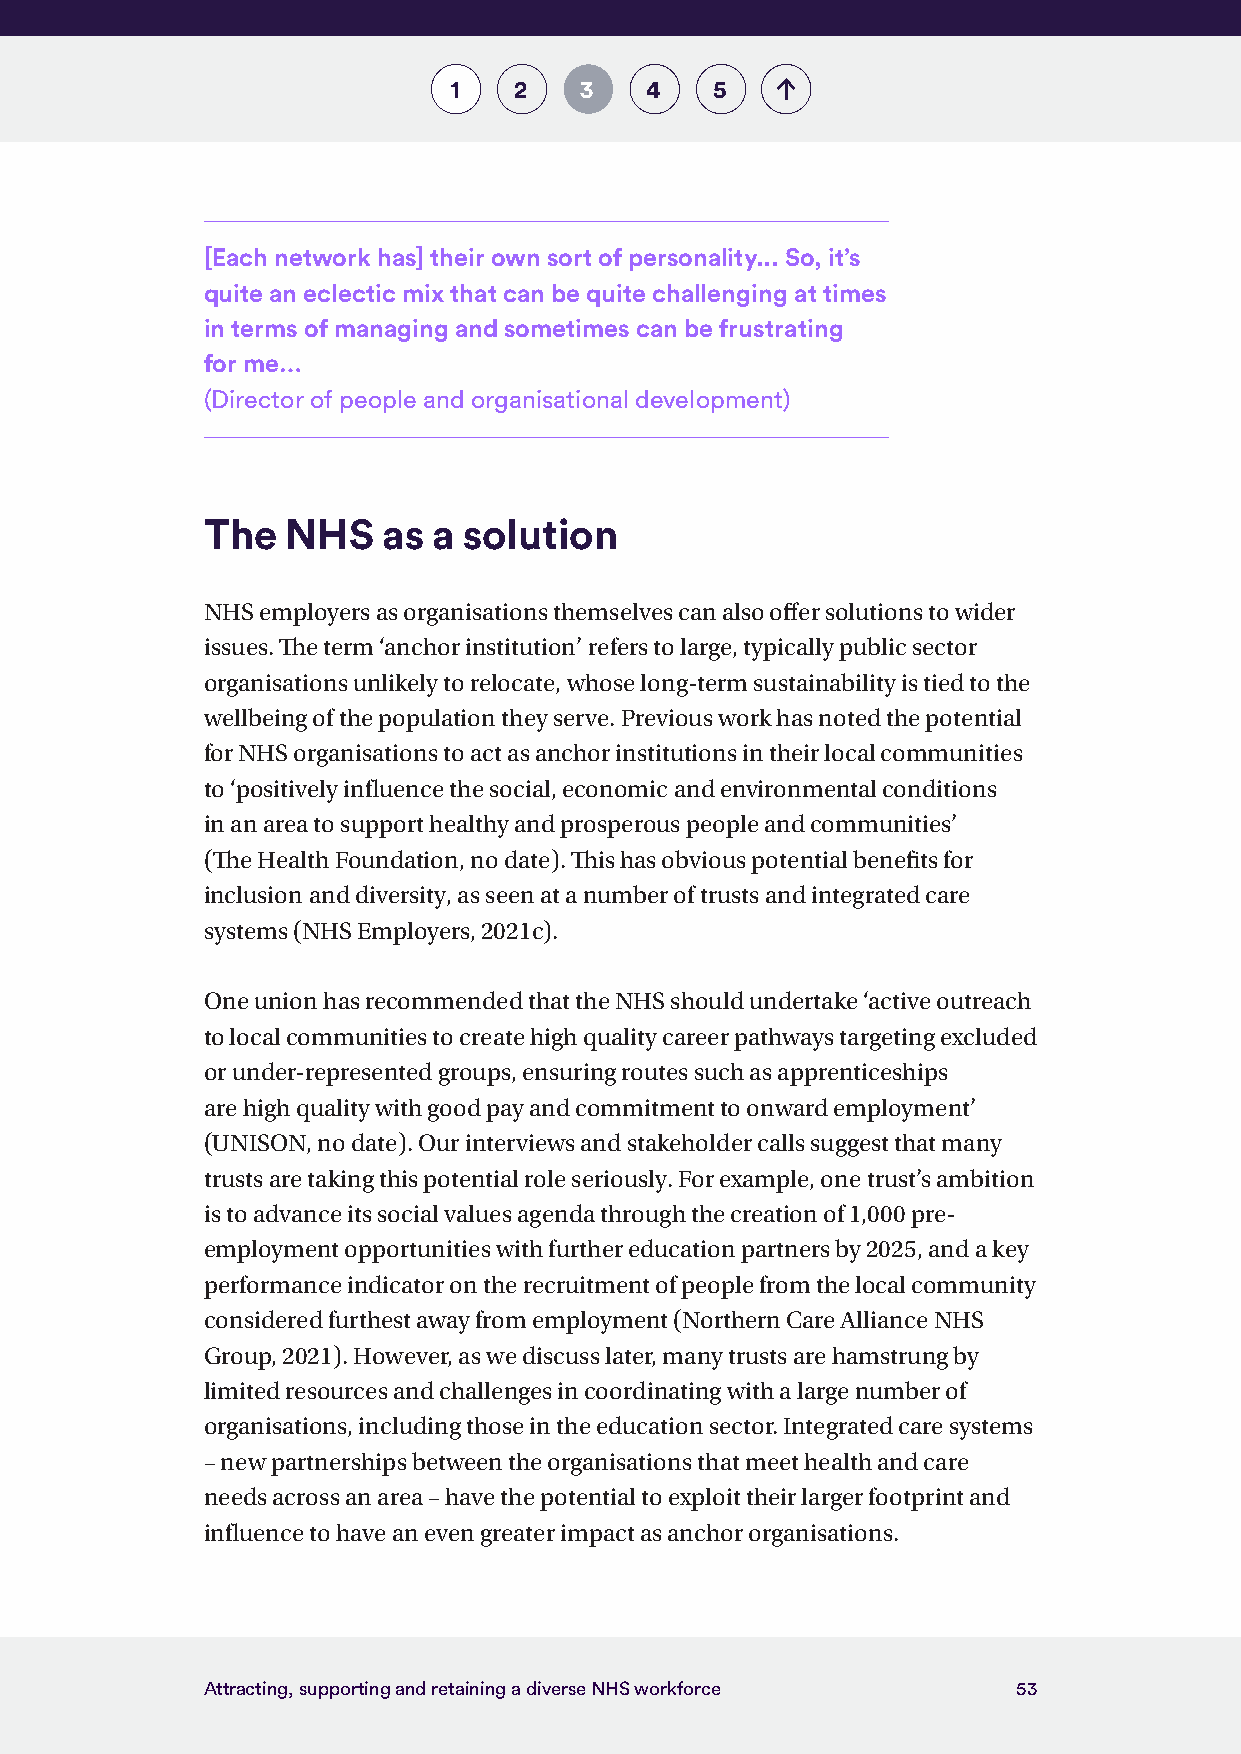
1   2   3    4   5
 [Each network has] their own sort of personality... So, it’s
 quite an eclectic mix that can be quite challenging at times
 in terms of managing and sometimes can be frustrating
 for me…
 (Director of people and organisational development)
 The   NHS   as  a solution
 NHS employers as organisations themselves can also offer solutions to wider
 issues. The term ‘anchor institution’ refers to large, typically public sector
 organisations unlikely to relocate, whose long-term sustainability is tied to the
 wellbeing of the population they serve. Previous work has noted the potential
 for NHS organisations to act as anchor institutions in their local communities
 to ‘positively influence the social, economic and environmental conditions
 in an area to support healthy and prosperous people and communities’
 (The Health Foundation, no date). This has obvious potential benefits for
 inclusion and diversity, as seen at a number of trusts and integrated care
 systems (NHS Employers, 2021c).
 One union has recommended that the NHS should undertake ‘active outreach
 to local communities to create high quality career pathways targeting excluded
 or under-represented groups, ensuring routes such as apprenticeships
 are high quality with good pay and commitment to onward employment’
 (UNISON, no date). Our interviews and stakeholder calls suggest that many
 trusts are taking this potential role seriously. For example, one trust’s ambition
 is to advance its social values agenda through the creation of 1,000 pre-
 employment opportunities with further education partners by 2025, and a key
 performance indicator on the recruitment of people from the local community
 considered furthest away from employment (Northern Care Alliance NHS
 Group, 2021). However, as we discuss later, many trusts are hamstrung by
 limited resources and challenges in coordinating with a large number of
 organisations, including those in the education sector. Integrated care systems
 – new partnerships between the organisations that meet health and care
 needs across an area – have the potential to exploit their larger footprint and
 influence to have an even greater impact as anchor organisations.
 Attracting, supporting and retaining a diverse NHS workforce 53